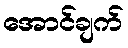
အောင်ချက်